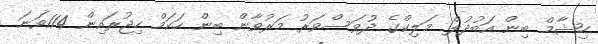
ހިޝާމް ބިން އަބުދުލް މަލިކްގެ ދުވަސްވަރު މަރުވާން ބިން ހަކަމް ހިޖުރައިން 114ވަނަ